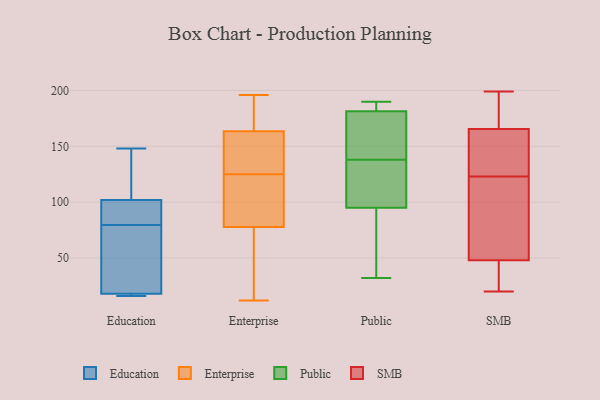
{"axis": {"x": "Operating Costs (USD K)", "y": "Value"}, "legend": ["Education", "Enterprise", "Public", "SMB"], "data": [{"x": "", "y": 148, "type": "Education"}, {"x": "", "y": 91, "type": "Education"}, {"x": "", "y": 102, "type": "Education"}, {"x": "", "y": 100, "type": "Education"}, {"x": "", "y": 112, "type": "Education"}, {"x": "", "y": 17, "type": "Education"}, {"x": "", "y": 18, "type": "Education"}, {"x": "", "y": 66, "type": "Education"}, {"x": "", "y": 16, "type": "Education"}, {"x": "", "y": 68, "type": "Education"}, {"x": "", "y": 137, "type": "Enterprise"}, {"x": "", "y": 196, "type": "Enterprise"}, {"x": "", "y": 49, "type": "Enterprise"}, {"x": "", "y": 12, "type": "Enterprise"}, {"x": "", "y": 162, "type": "Enterprise"}, {"x": "", "y": 95, "type": "Enterprise"}, {"x": "", "y": 132, "type": "Enterprise"}, {"x": "", "y": 50, "type": "Enterprise"}, {"x": "", "y": 170, "type": "Enterprise"}, {"x": "", "y": 72, "type": "Enterprise"}, {"x": "", "y": 175, "type": "Enterprise"}, {"x": "", "y": 29, "type": "Enterprise"}, {"x": "", "y": 164, "type": "Enterprise"}, {"x": "", "y": 96, "type": "Enterprise"}, {"x": "", "y": 134, "type": "Enterprise"}, {"x": "", "y": 182, "type": "Enterprise"}, {"x": "", "y": 125, "type": "Enterprise"}, {"x": "", "y": 113, "type": "Enterprise"}, {"x": "", "y": 96, "type": "Enterprise"}, {"x": "", "y": 171, "type": "Public"}, {"x": "", "y": 89, "type": "Public"}, {"x": "", "y": 32, "type": "Public"}, {"x": "", "y": 187, "type": "Public"}, {"x": "", "y": 146, "type": "Public"}, {"x": "", "y": 42, "type": "Public"}, {"x": "", "y": 185, "type": "Public"}, {"x": "", "y": 190, "type": "Public"}, {"x": "", "y": 138, "type": "Public"}, {"x": "", "y": 120, "type": "Public"}, {"x": "", "y": 113, "type": "Public"}, {"x": "", "y": 109, "type": "SMB"}, {"x": "", "y": 191, "type": "SMB"}, {"x": "", "y": 51, "type": "SMB"}, {"x": "", "y": 195, "type": "SMB"}, {"x": "", "y": 199, "type": "SMB"}, {"x": "", "y": 188, "type": "SMB"}, {"x": "", "y": 80, "type": "SMB"}, {"x": "", "y": 30, "type": "SMB"}, {"x": "", "y": 20, "type": "SMB"}, {"x": "", "y": 45, "type": "SMB"}, {"x": "", "y": 40, "type": "SMB"}, {"x": "", "y": 72, "type": "SMB"}, {"x": "", "y": 161, "type": "SMB"}, {"x": "", "y": 137, "type": "SMB"}, {"x": "", "y": 159, "type": "SMB"}, {"x": "", "y": 170, "type": "SMB"}, {"x": "", "y": 59, "type": "SMB"}, {"x": "", "y": 140, "type": "SMB"}, {"x": "", "y": 40, "type": "SMB"}, {"x": "", "y": 151, "type": "SMB"}]}